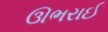
ઊભરાઈ